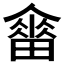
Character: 𤳋